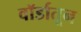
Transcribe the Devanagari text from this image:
वॉर्डातून